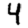
Digit: 4